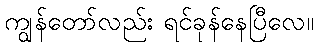
ကျွန်တော်လည်း ရင်ခုန်နေပြီလေ။